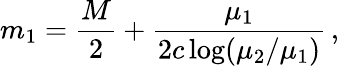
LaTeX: m_{1}=\frac{M}{2}+\frac{\mu_{1}}{2c\log(\mu_{2}/\mu_{1})}\, ,